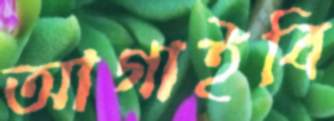
আগাইবি